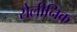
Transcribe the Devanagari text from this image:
सेलीनिक